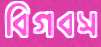
বিগবস